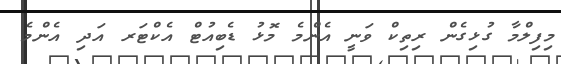
މިފިލްމާ ގުޅިގެން ރިތިކް ވަނީ އެންމެ މޮޅު ޑެބިއުޓް އެކްޓަރ އަދި އެންމެ